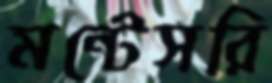
মন্টেসরি